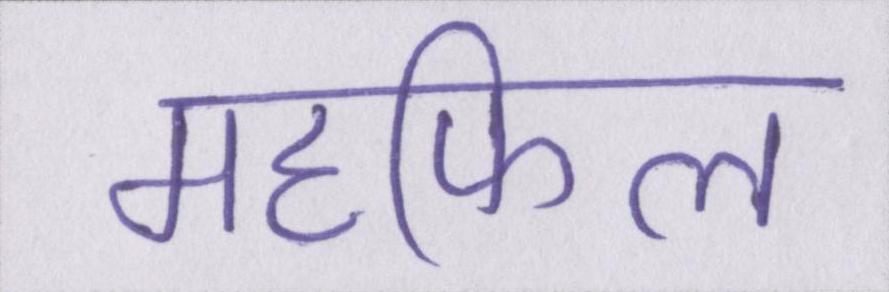
महफिल